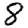
Digit: 8